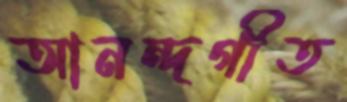
আনন্দগীত